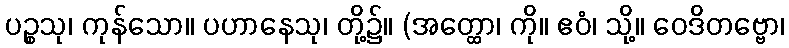
ပဉ္စသု၊ ကုန်သော။ ပဟာနေသု၊ တို့၌။ (အတ္ထော၊ ကို။ ဧဝံ၊ သို့။ ဝေဒိတဗ္ဗော၊